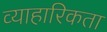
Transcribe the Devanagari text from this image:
व्याहारिकता